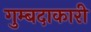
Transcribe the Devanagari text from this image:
गुम्बदाकारी